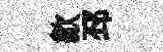
歙邳